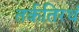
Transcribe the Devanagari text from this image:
तर्कतिरथं